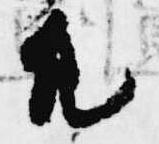
凡